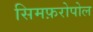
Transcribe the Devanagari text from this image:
सिमफ़रोपोल